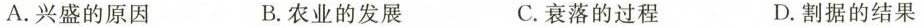
A.兴盛的原因 B.农业的发展 C.衰落的过程 D.割据的结果